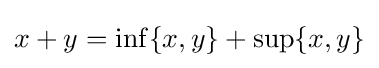
x+y=\inf\{x,y\}+\sup\{x,y\}